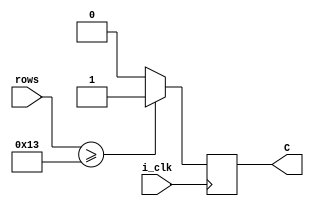
module CompRow(i_clk,rows, C);
  input wire i_clk;
  input wire [4:0]rows;
  output reg C;
 
  always@(posedge i_clk) begin
    C = (rows>=5'b10011) ? 1'b1 : 1'b0;
  end
  
endmodule